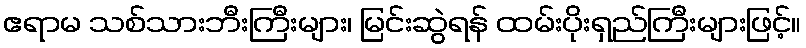
ဧရာမ သစ်သားဘီးကြီးများ၊ မြင်းဆွဲရန် ထမ်းပိုးရှည်ကြီးများဖြင့်။